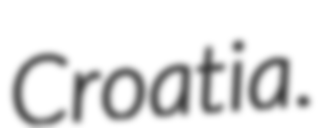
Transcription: Croatia.